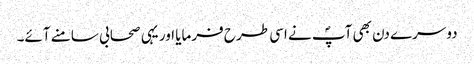
دوسرے دن بھی آپؐ نے اسی طرح فرمایا اور یہی صحابی سامنے آئے۔